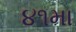
૪૧મા